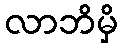
လာဘိမှိ